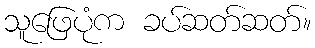
သူဖြေပုံက ခပ်ဆတ်ဆတ်။